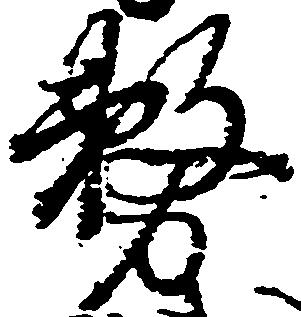
務